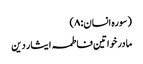
(سورہ انسان: ۸)
مادر خواتین فاطمہ ایثار دین